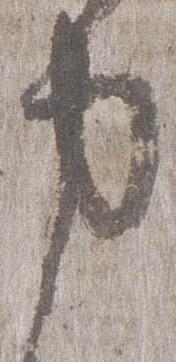
力